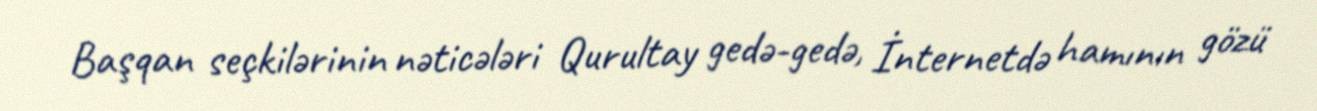
Başqan seçkilərinin nəticələri Qurultay gedə-gedə, İnternetdə hamının gözü